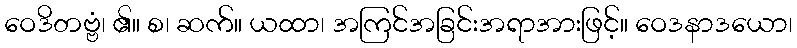
ဝေဒိတဗ္ဗံ၊ ၏။ စ၊ ဆက်။ ယထာ၊ အကြင်အခြင်းအရာအားဖြင့်။ ဝေဒနာဒယော၊